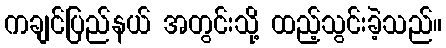
ကချင်ပြည်နယ် အတွင်းသို့ ထည့်သွင်းခဲ့သည်။